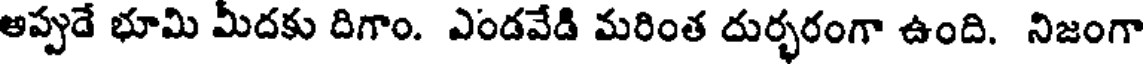
అప్పుడే భూమి మీదకు దిగాం. ఎండవేడి మరింత దుర్భరంగా ఉంది. నిజంగా